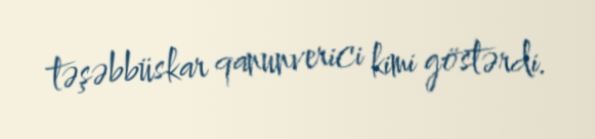
təşəbbüskar qanunverici kimi göstərdi.